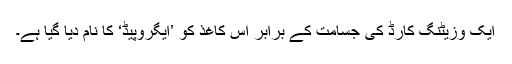
ایک وزیٹنگ کارڈ کی جسامت کے برابر اس کاغذ کو ’ایگروپیڈ‘ کا نام دیا گیا ہے۔